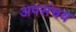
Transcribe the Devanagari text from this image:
अपसंचय